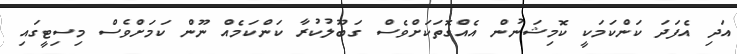
އަދި އެފަދަ ކަންކަމަކީ ކޮމިޝަނުން އެއްގޮތަކަށްވެސް ގަބޫލުކުރާ ކަންކަމެއް ނޫން ކަމަށްވެސް މިސިޓީގައި